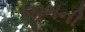
જીભની